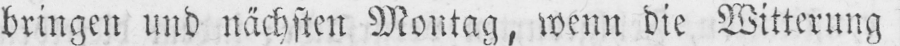
bringen und nächsten Montag, wenn die Witterung